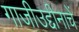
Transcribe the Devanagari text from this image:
गाजीउद्दीनाचें